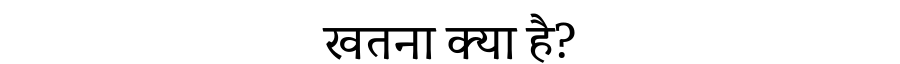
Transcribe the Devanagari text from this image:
खतना क्या है?